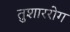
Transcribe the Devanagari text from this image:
तुशाररोग